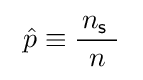
\ {\hat {p}}\equiv {\frac {\!\ n_{\mathsf {s}}\ }{n}}~